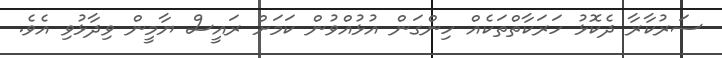
ސަރުކާރާ ދެކޮޅު ހަރަކާތްތަކެއް ހިންގަން އުޅުއްވުން ކަމަށް ރައީސް ޔާމީން ވިދާޅުވި އެވެ.